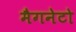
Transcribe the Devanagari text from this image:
मैगनेटो